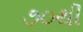
૭૦થી